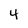
Character: 4